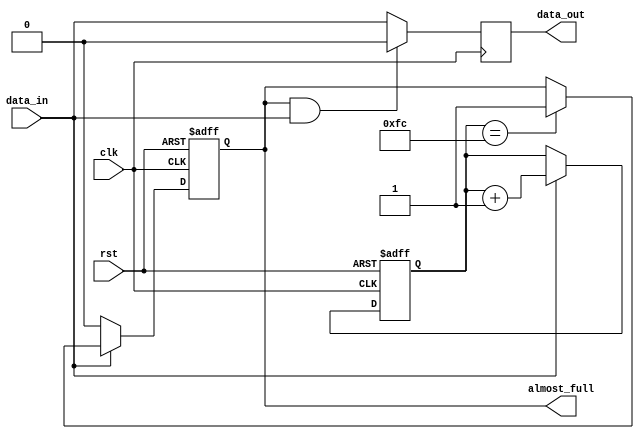
module fifo_almost_full (
  input wire clk,
  input wire rst,
  input wire data_in,
  output reg data_out,
  output reg almost_full
);

reg [7:0] fifo_count;

always @ (posedge clk or posedge rst) begin
  if (rst) begin
    fifo_count <= 0;
    almost_full <= 0;
  end else begin
    if (data_in) begin
      if (fifo_count == 252) begin // Almost full when count is 252 (maximum count - 4)
        almost_full <= 1;
      end
      fifo_count <= fifo_count + 1;
    end else begin
      almost_full <= 0;
    end
  end
end

always @ (posedge clk) begin
  if (almost_full && data_in) begin
    data_out <= 0; // Prevent data out when almost full
  end else begin
    data_out <= data_in;
  end
end

endmodule